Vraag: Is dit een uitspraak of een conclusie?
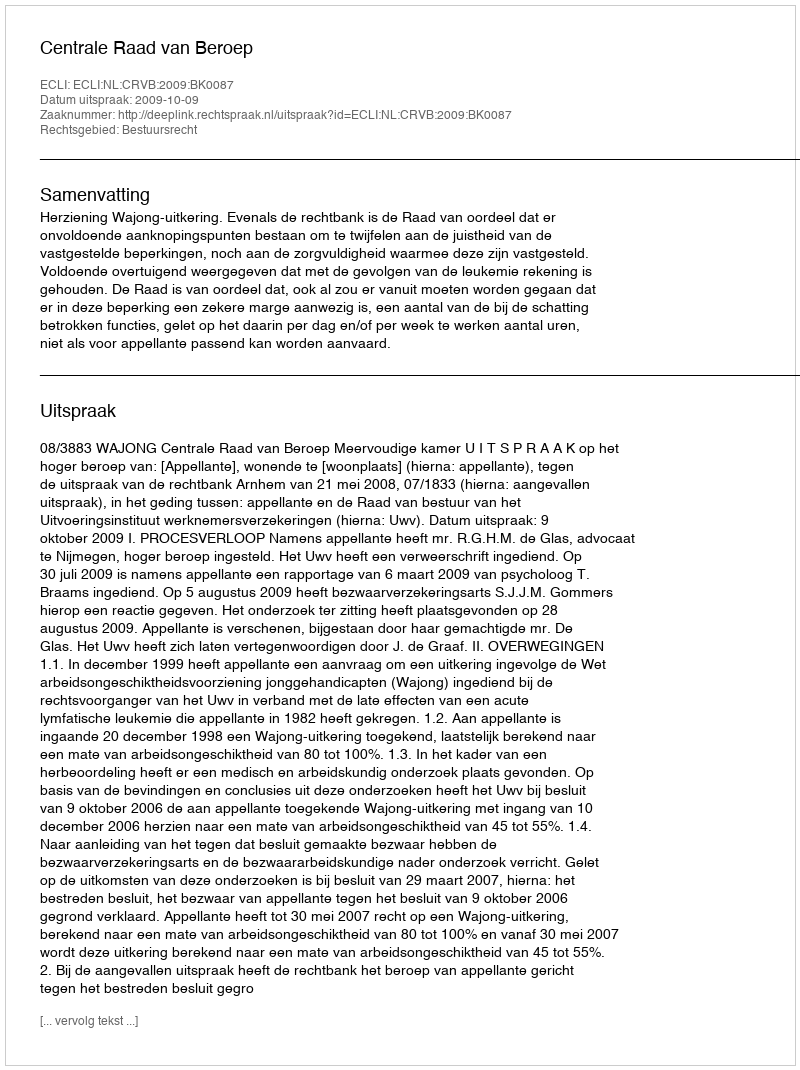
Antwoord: Uitspraak